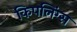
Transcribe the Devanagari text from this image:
किपलिंग्स